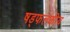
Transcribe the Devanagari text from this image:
षड्फलकीय